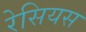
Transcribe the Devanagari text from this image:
रेसियस